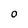
Character: 0